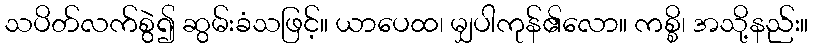
သပိတ်လက်စွဲ၍ ဆွမ်းခံသဖြင့်။ ယာပေထ၊ မျှပါကုန်၏လော။ ကစ္စိ၊ အသို့နည်း။